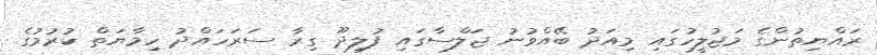
ރައްޔިތުންގެ މަޖުލީހުގައި މިއަދު ބޭއްވުނު ޖަލްސާގައި ފުލިދޫ ގިރާ ސަރަހައްދު ހިމާޔަތް ކުރުމުގެ